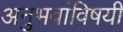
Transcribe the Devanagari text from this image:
अनुभवांविषयी